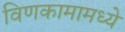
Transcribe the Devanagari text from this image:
विणकामामध्ये